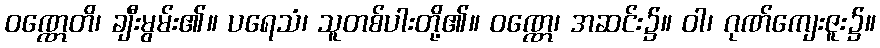
ဝဏ္ဏေတိ၊ ချီးမွမ်း၏။ ပရေသံ၊ သူတစ်ပါးတို့၏။ ဝဏ္ဏေ၊ အဆင်း၌။ ဝါ၊ ဂုဏ်ကျေးဇူး၌။